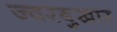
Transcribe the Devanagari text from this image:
ज्वरबुखार